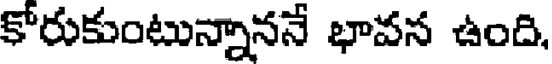
కోరుకుంటున్నాననే భావన ఉంది,